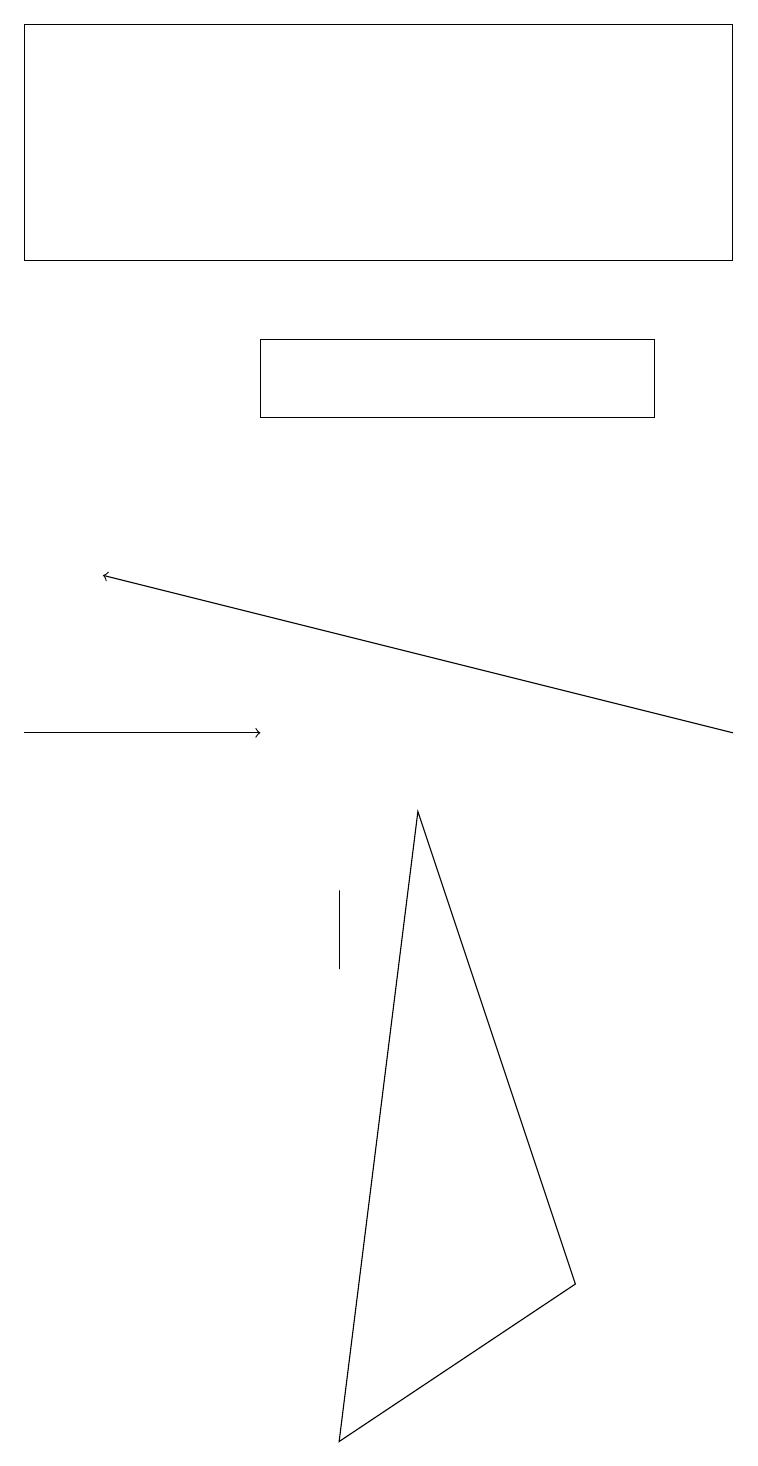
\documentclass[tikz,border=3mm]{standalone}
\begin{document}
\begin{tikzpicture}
\draw (4,8) -- (4,8) -- (4,7) -- cycle;
\draw (7,3) -- (5,9) -- (4,1) -- cycle;
\draw (9,16) rectangle (0,19);
\draw[->] (9,10) -- (1,12);
\draw[->] (0,10) -- (3,10);
\draw (3,15) rectangle (8,14);
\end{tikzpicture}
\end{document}